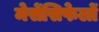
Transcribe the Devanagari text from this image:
मेसेंसिफेलों